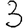
Digit: 3